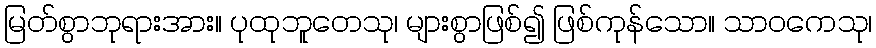
မြတ်စွာဘုရားအား။ ပုထုဘူတေသု၊ များစွာဖြစ်၍ ဖြစ်ကုန်သော။ သာဝကေသု၊